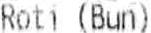
ROTI (BUN)